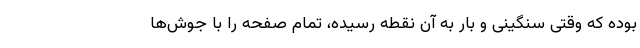
بوده که وقتی سنگینی و بار به آن نقطه رسیده، تمام صفحه را با جوش‌ها